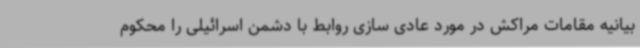
بیانیه مقامات مراکش در مورد عادی سازی روابط با دشمن اسرائیلی را محکوم